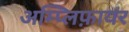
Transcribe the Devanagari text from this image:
अम्प्लिफ़ायर